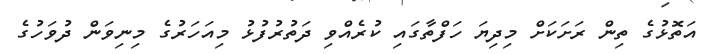
އަތޮޅުގެ ތިން ރަށަކަށް މިދިޔަ ހަފްތާގައި ކުރެއްވި ދަތުރުފުޅު މިއަހަރުގެ މިނިވަން ދުވަހުގެ